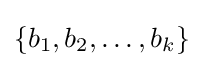
\{b_{1},b_{2},\ldots ,b_{k}\}